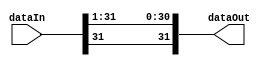
module shiftRby1(dataIn, dataOut);

	input[31:0] dataIn;
	output[31:0] dataOut;
	
	genvar c;
	generate
		for(c=1; c<32; c = c + 1) begin: shiftLoop1
			and	genAnd1(dataOut[c-1], dataIn[c], dataIn[c]);			
		end
	endgenerate
	
	and	genAnd2(dataOut[31], dataIn[31], dataIn[31]);	// Retains MSB
	
endmodule